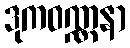
ဒုကဝဏ္ဏနာ